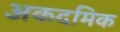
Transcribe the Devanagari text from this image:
अकदमिक